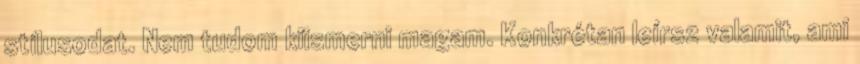
stílusodat. Nem tudom kiismerni magam. Konkrétan leírsz valamit, ami